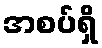
အစပ်ရှိ